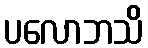
ပလောဘသိ